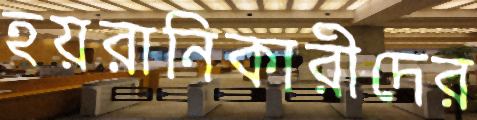
হয়রানিকারীদের